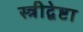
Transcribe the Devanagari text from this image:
स्त्रीद्वेष्टा